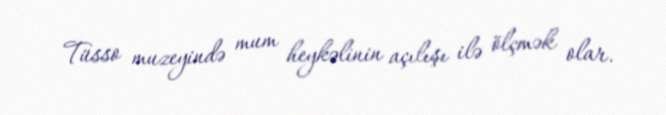
Tüsso muzeyində mum heykəlinin açılışı ilə ölçmək olar.